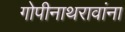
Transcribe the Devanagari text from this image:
गोपीनाथरावांना